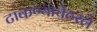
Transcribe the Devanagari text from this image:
टाकण्याचेठरले